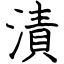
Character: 漬